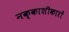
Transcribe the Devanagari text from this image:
नक्काशीकारों